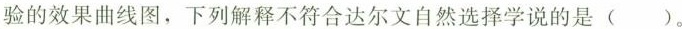
验的效果曲线图，下列解释\underset{·}{不}\underset{·}{符}\underset{·}{合}达尔文自然选择学说的是()。